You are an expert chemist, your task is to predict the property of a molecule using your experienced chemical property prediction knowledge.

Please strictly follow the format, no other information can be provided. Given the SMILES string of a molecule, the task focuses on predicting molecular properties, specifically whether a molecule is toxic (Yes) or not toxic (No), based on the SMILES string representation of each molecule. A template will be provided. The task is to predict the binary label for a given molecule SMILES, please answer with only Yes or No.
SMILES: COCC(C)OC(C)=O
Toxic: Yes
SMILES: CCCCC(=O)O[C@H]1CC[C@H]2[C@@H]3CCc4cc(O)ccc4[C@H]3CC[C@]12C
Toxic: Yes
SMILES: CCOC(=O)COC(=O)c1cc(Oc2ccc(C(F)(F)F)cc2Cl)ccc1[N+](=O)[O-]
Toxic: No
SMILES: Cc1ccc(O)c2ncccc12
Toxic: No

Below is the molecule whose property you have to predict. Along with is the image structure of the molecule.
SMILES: Cc1ccc2c(C)cccc2c1
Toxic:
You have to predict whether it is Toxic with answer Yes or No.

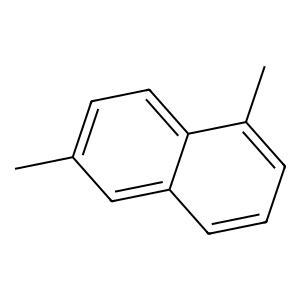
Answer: No